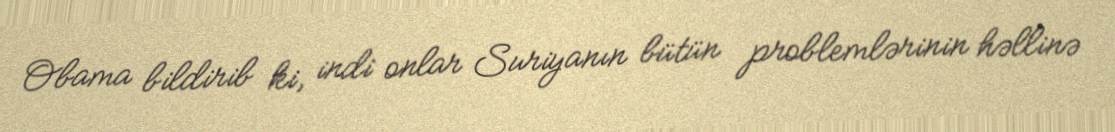
Obama bildirib ki, indi onlar Suriyanın bütün problemlərinin həllinə